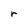
Character: r